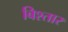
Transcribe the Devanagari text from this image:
बिश्तार